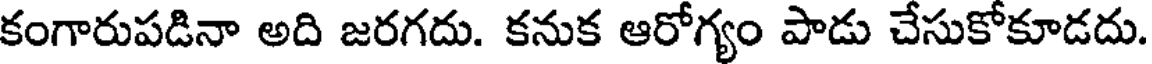
కంగారుపడినా అది జరగదు. కనుక ఆరోగ్యం పాడు చేసుకోకూడదు.